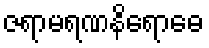
ဇရာမရဏနိရောဓေ